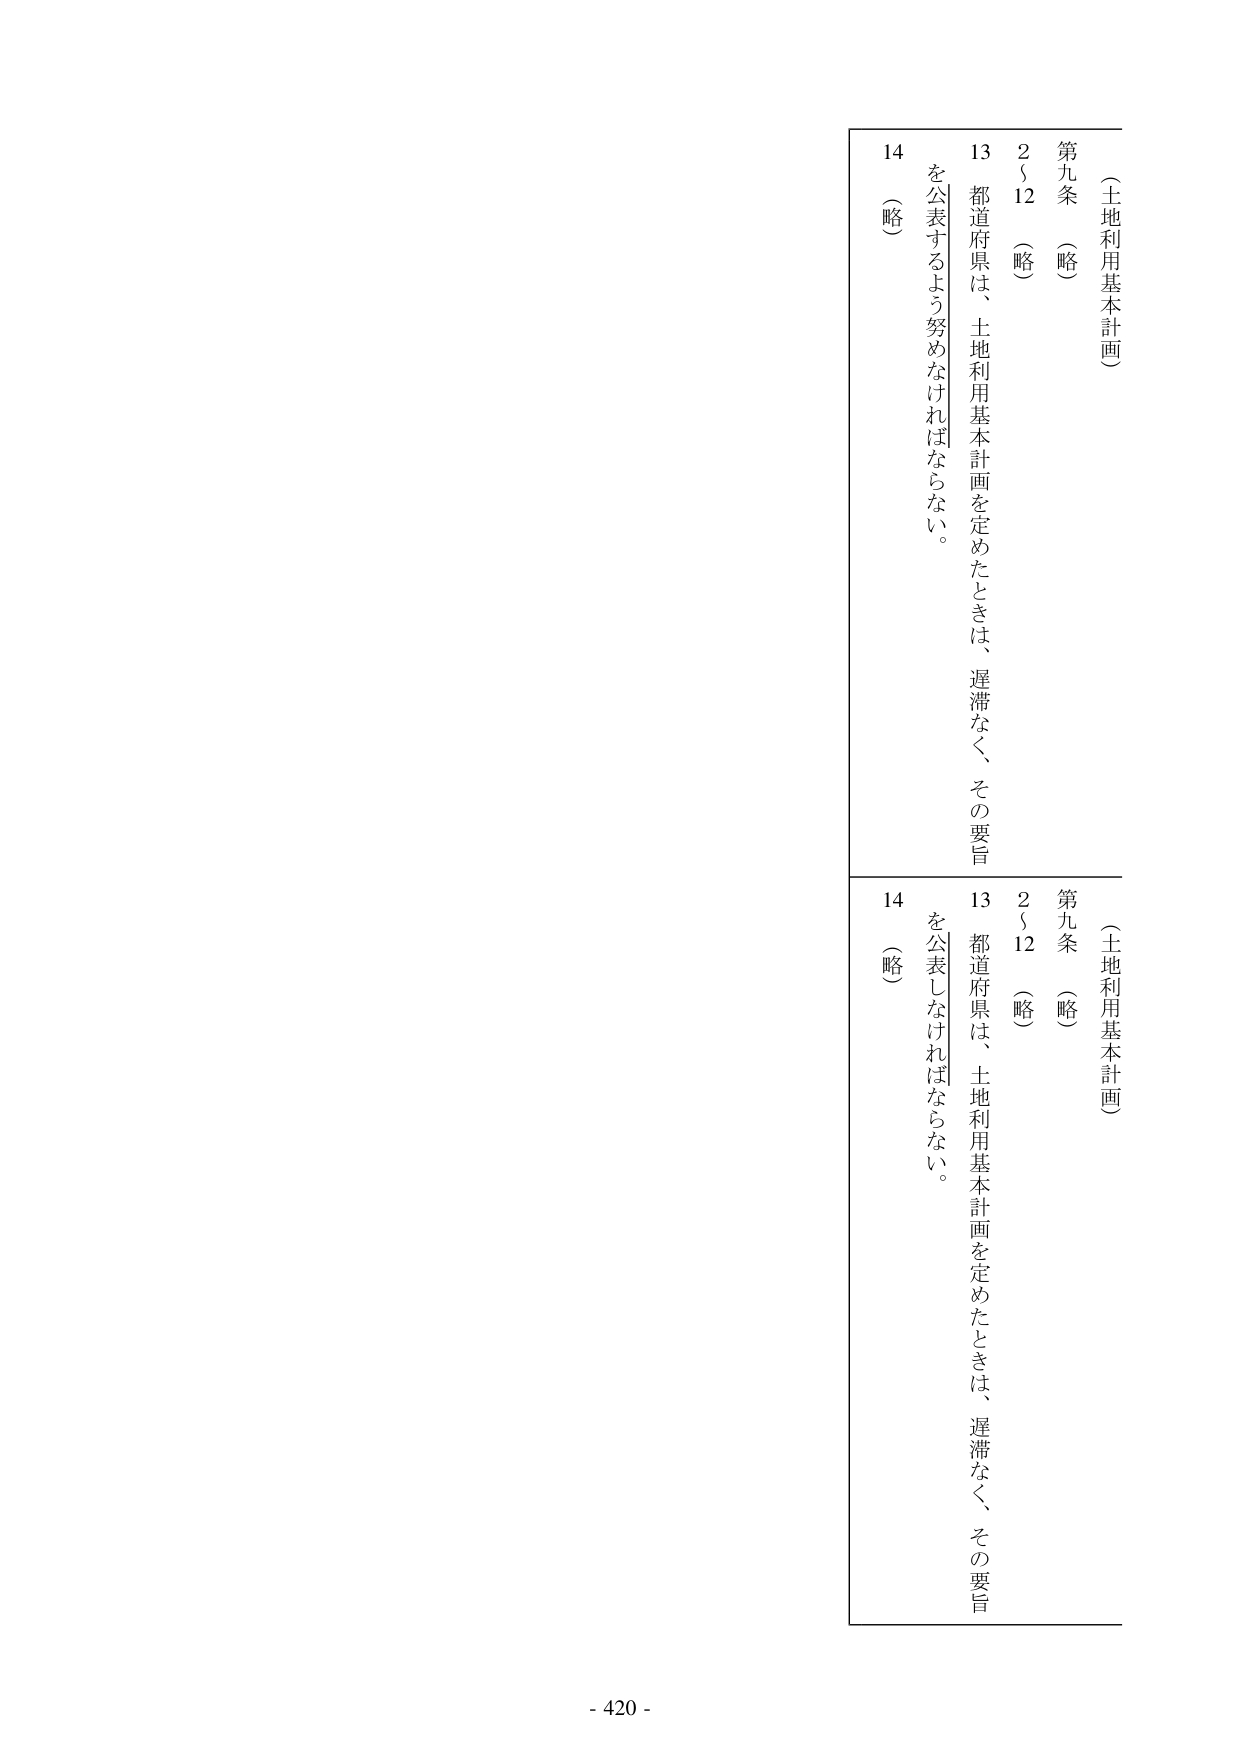
（土地利用基本計画）
第九条 （略）
２～12 （略）
13 都道府県は、土地利用基本計画を定めたときは、遅滞なく、その要旨
を公表するよう努めなければならない。
14 （略）

（土地利用基本計画）
第九条 （略）
２～12 （略）
13 都道府県は、土地利用基本計画を定めたときは、遅滞なく、その要旨
を公表しなければならない。
14 （略）

- 420 -